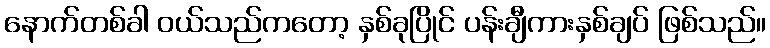
နောက်တစ်ခါ ဝယ်သည်ကတော့ နှစ်ခုပြိုင် ပန်းချီကားနှစ်ချပ် ဖြစ်သည်။